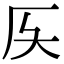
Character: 𠨮